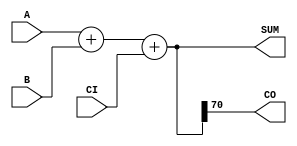
module DW01_add2 (A,B,CI,SUM,CO);
  parameter width=71;
  output [width-1 : 0] SUM;
  output CO;
  input [width-1 : 0] A;
  input [width-1 : 0] B;
  input CI;
  wire [width-1 : 0] SUM;
  reg [width-2 : 0] sum_temp;
  reg CO;
  assign SUM = {CO, sum_temp};
always @(A or B or CI)
  begin
    {CO, sum_temp} = A+B+CI;
  end
endmodule